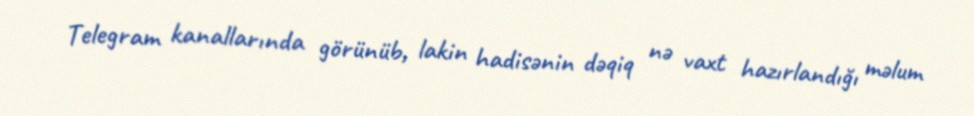
Telegram kanallarında görünüb, lakin hadisənin dəqiq nə vaxt hazırlandığı məlum